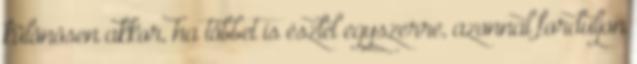
különösen akkor, ha többet is észlel egyszerre, azonnal forduljon